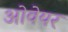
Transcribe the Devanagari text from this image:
ओवेयर